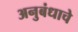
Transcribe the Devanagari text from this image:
अनुबंधाचे